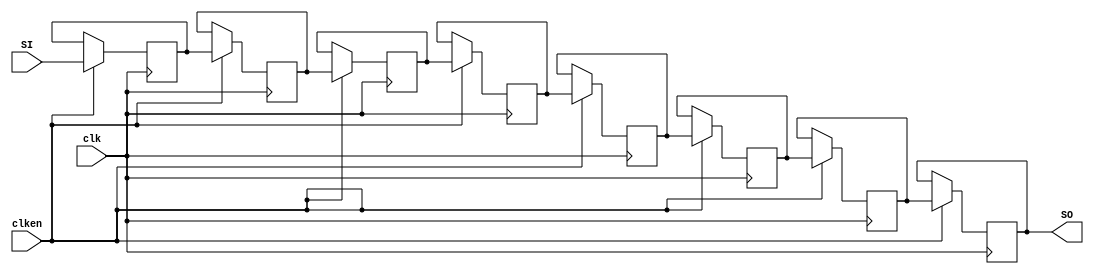
`timescale 1ns / 1ps
// 16-bit, 5 length Shift Register
// Rising edge clock
// Active high clock enable
// Concatenation-based template

module shift_registers_addr (
input clk, 
input clken, 
input [17:0] SI, 
output [17:0] SO
);
    parameter LENGTH = 8;

    reg [17:0] shreg[LENGTH-1:0];
    integer i;
    
    assign SO = shreg[LENGTH-1];
        
    initial begin
       for (i = 0; i < LENGTH; i = i+1)
          shreg[i] <= 0;
    end
    
    always @(posedge clk) begin
     if (clken) begin
         for (i = 0; i < LENGTH-1; i = i+1)
            shreg[i+1] <= shreg[i];
         shreg[0] <= SI; 
        end
     end
      
endmodule